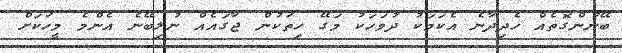
ބޭނުންގޮތެއް ހެދިދާނެ އެކަމަކު ދުވަހަކު މަގޭ ހިތަކުން ޖާގައެއް ނުލިބޭނެ އެންމެ މީހަކަށް